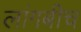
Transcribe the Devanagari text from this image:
लांगबीच